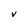
Character: V